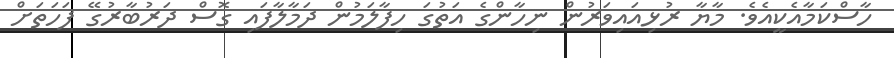
ހާސްކަމާއެކީއެވެ. މާޔާ ރުޅިއައިވަރުން ނިހާންގެ އަތުގަ ހިފާލަމުން ދަމާލާފައި ގޮސް ދަރުބާރުގޭ ފަހަތަށް